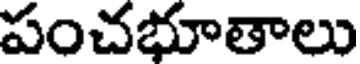
పంచభూతాలు